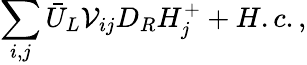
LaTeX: \sum_{i,j}\bar{U}_{L}{\cal V}_{ij}D_{R}H_{j}^{+}+H.c.,